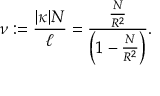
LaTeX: \nu : = \frac { | \kappa | N } { \ell } = \frac { \frac { N } { R ^ { 2 } } } { \left( 1 - \frac { N } { R ^ { 2 } } \right) } .